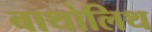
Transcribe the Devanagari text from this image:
बाथोलिथ